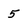
Character: 5